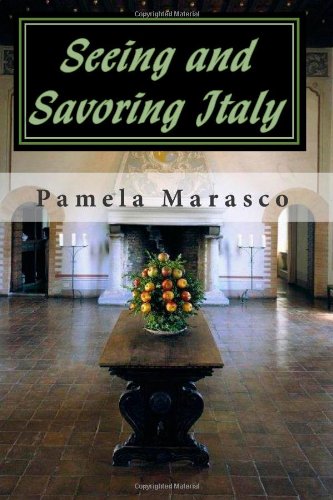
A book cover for Seeing and Savoring Italy: A Taste and Travel Journey through Northern Italy, Tuscany and Umbria; Pamela Marasco; Travel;